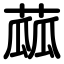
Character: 蓏